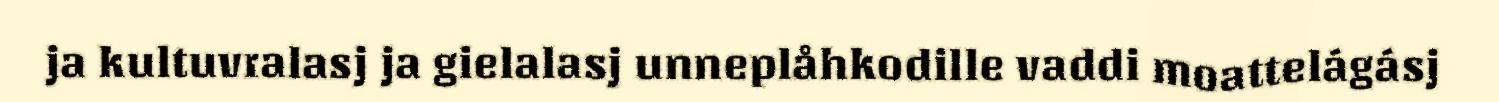
ja kultuvralasj ja gielalasj unneplåhkodille vaddi moattelágásj